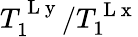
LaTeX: T_{1}^{\mathrm{~L~y~}}/T_{1}^{\mathrm{~L~x~}}